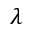
\lambda